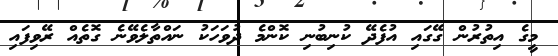
މީގެ އިތުރުން ގޭގައި އުފެދޭ ކުނިބުނި ކޮންމެ ދުވަހަކު ނައްތާލެވޭނެ ގޮތެއް ރޭވިފައި